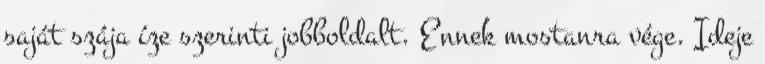
saját szája íze szerinti jobboldalt. Ennek mostanra vége. Ideje